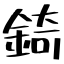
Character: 錡